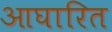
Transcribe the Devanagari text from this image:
आघारित